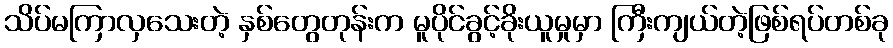
သိပ်မကြာလှသေးတဲ့ နှစ်တွေတုန်းက မူပိုင်ခွင့်ခိုးယူမှုမှာ ကြီးကျယ်တဲ့ဖြစ်ရပ်တစ်ခု